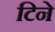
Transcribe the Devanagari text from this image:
टिने